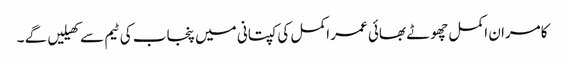
کامران اکمل چھوٹے بھائی عمر اکمل کی کپتانی میں پنجاب کی ٹیم سے کھیلیں گے ۔